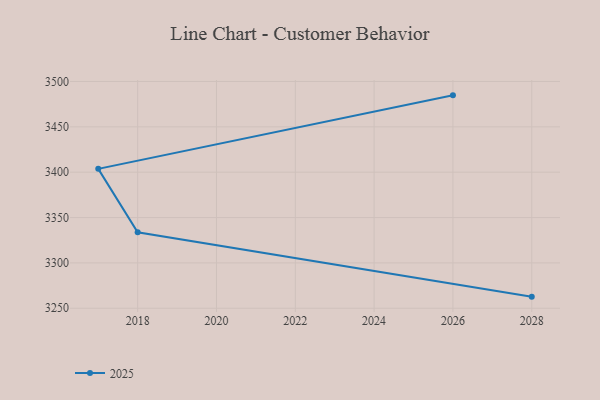
{"axis": {"x": "Year", "y": "Churn Rate (%)"}, "legend": ["2025"], "data": [{"x": "2028", "y": 3262.8, "type": "2025"}, {"x": "2018", "y": 3333.7, "type": "2025"}, {"x": "2017", "y": 3403.7, "type": "2025"}, {"x": "2026", "y": 3484.7, "type": "2025"}]}